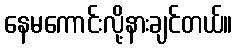
နေမကောင်းလို့နားချင်တယ်။